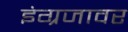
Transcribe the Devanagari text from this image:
इंग्रजावर